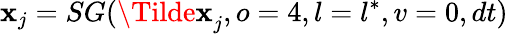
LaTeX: \mathbf{x}_{j}=SG(\mathbf{\Tilde{x}}_{j},o=4,l=l^{\ast},v=0,dt)